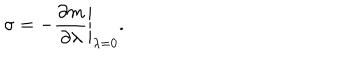
\sigma = - \left. \frac { \partial m } { \partial \lambda } \right| _ { \lambda = 0 } .